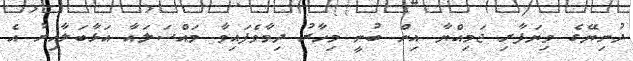
ދުނިޔޭގެ ވިޔަފާރި ޖަމިއްޔާ އިން ބުނީ މިހާރު ދިމާވެފައިވާ މައްސަލައާ އަޅާބަލާއިރު އެ